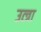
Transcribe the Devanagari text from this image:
उत्त्रा